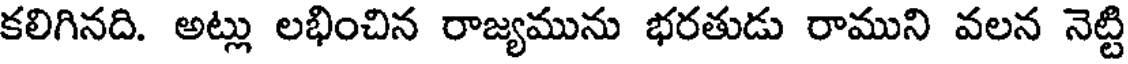
కలిగినది. అట్లు లభించిన రాజ్యమును భరతుడు రాముని వలన నెట్టి